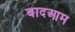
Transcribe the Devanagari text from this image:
बादआम